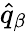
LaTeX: \hat{q}_{\beta}